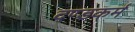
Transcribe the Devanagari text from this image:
दण्डकर्म